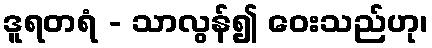
ဒူရတရံ - သာလွန်၍ ဝေးသည်ဟု၊